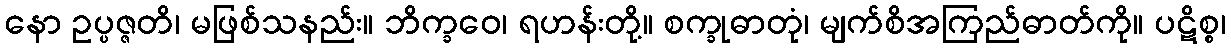
နော ဥပ္ပဇ္ဇတိ၊ မဖြစ်သနည်း။ ဘိက္ခဝေ၊ ရဟန်းတို့။ စက္ခုဓာတုံ၊ မျက်စိအကြည်ဓာတ်ကို။ ပဋိစ္စ၊